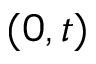
( 0 , t )